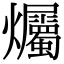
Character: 爥